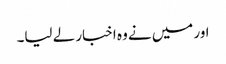
اور میں نے وہ اخبار لے لیا۔